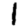
Digit: 1